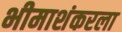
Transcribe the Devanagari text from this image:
भीमाशंकरला